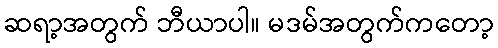
ဆရာ့အတွက် ဘီယာပါ။ မဒမ်အတွက်ကတော့